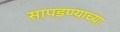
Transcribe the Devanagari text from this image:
सापडण्याच्या